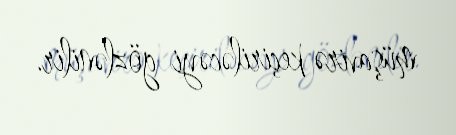
müşavirə keçiriləcəyi gözlənilir.